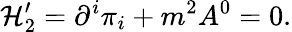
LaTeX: {\cal H}_{2}^{\prime}=\partial^{i}\pi_{i}+m^{2}A^{0}=0.